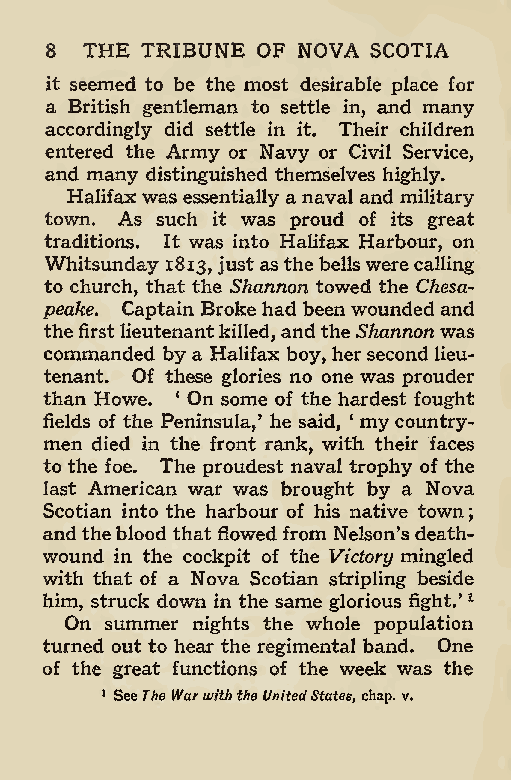
;
 8 THE TRIBUNE OF NOVA SCOTIA
 it seemed to be the most desirable place for
 a British gentleman to settle in, and many
 accordingly did settle in it. Their children
 entered the Army or Navy or Civil Service,
 and many distinguished themselves highly.
 Halifaxwas essentially a naval and military
 town. As such it was proud of its great
 traditions. It was into Halifax Harbour, on
 Whitsunday 1813, just asthe bellswerecalling
 to church, that the Shannon towed the Chesa-
 peake. Captain Broke had beenwounded and
 thefirstlieutenantkilled, andthe Shannonwas
 commanded by a Halifax boy, hersecond lieu-
 tenant. Of these glories no one was prouder
 than FIowe. ‘ On some of the hardest fought
 fields of the Peninsula/ he said, ‘ mycountry-
 men died in the front rank, with their faces
 to the foe. The proudest naval trophy of the
 last American war was brought by a Nova
 Scotian into the harbour of his native town
 andtheblood that flowed from Nelson’s death-
 wound in the cockpit of the Victory mingled
 with that of a Nova Scotian stripling beside
 him, struck down in the same glorious fight.’1
 On summer nights the whole population
 turned out to hear the regimental band. One
 of the great functions of the week was the
 1 SeeThe Warwiththe UnitedStates, chap. v.